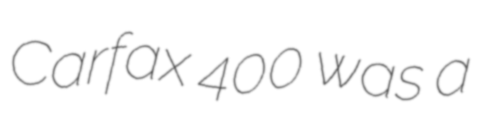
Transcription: Carfax 400 was a